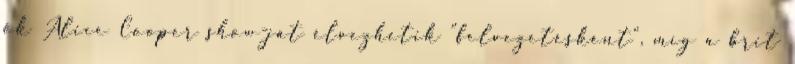
ők Alice Cooper show-ját élvezhetik "felvezetésként", mí­g a brit